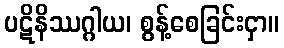
ပဋိနိဿဂ္ဂါယ၊ စွန့်စေခြင်းငှာ။